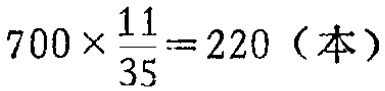
\(700\times\frac{11}{35}=220（本）\)